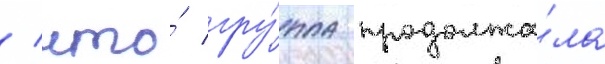
/ что́ гру́ппа продолжа́ла